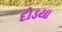
દોડયા